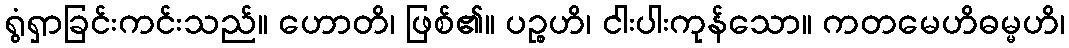
ရွံရှာခြင်းကင်းသည်။ ဟောတိ၊ ဖြစ်၏။ ပဉ္စဟိ၊ ငါးပါးကုန်သော။ ကတမေဟိဓမ္မဟိ၊